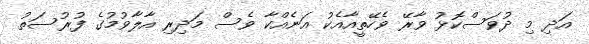
އަދި މި ދުވަސްކޮޅު ވާރޭ ވެހޭތީއާއެކު އަނެއްކާ ވެސް މަދިރި އާލާވުމުގެ ފުރުސަތު